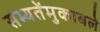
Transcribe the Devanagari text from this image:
सभ्यतेंमुकाबले